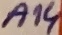
Text: A14